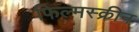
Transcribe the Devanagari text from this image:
फिल्मस्क्रीन